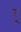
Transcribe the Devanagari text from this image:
र्‍